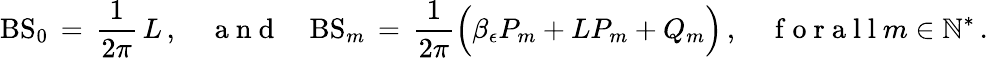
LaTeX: \mathrm{BS}_{0}\, =\, \frac{1}{2\pi}\, L\, ,\quad\mathrm{~a~n~d~}\quad\mathrm{BS}_{m}\, =\, \frac{1}{2\pi}\Bigl(\beta_{\epsilon}P_{m}+LP_{m}+Q_{m}\Bigr)\, ,\quad\mathrm{~f~o~r~a~l~l~}m\in\mathbb{N}^{*}\, .